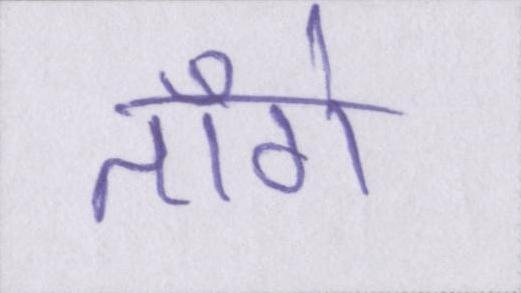
ताँगे